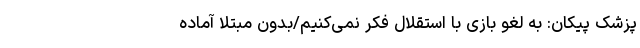
پزشک پیکان: به لغو بازی با استقلال فکر نمی‌کنیم/بدون مبتلا آماده